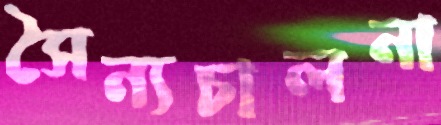
সৈন্যচালনা